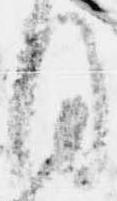
目